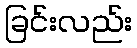
ခြင်းလည်း